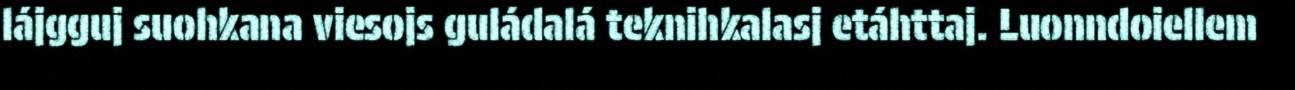
lájgguj suohkana viesojs guládalá teknihkalasj etáhttaj. Luonndoiellem